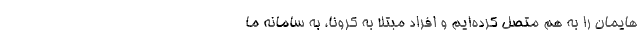
هایمان را به هم متصل کرده‌ایم و افراد مبتلا به کرونا، به سامانه ما